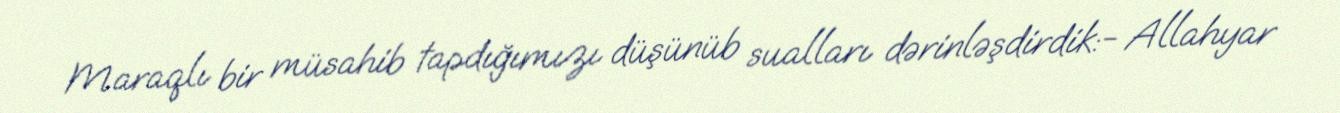
Maraqlı bir müsahib tapdığımızı düşünüb sualları dərinləşdirdik:- Allahyar